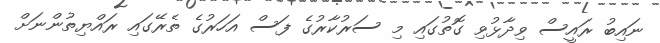
ނައިބު ރައީސް ވިދާޅުވި ގޮތުގައި މި ސަރުކާރުގެ ފަސް އަހަރުގެ ތެރޭގައި ރައްޔިތުންނަށް